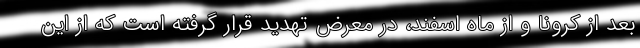
بعد از کرونا و از ماه اسفند، در معرض تهدید قرار گرفته است که از این